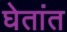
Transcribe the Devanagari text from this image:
घेतांत